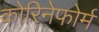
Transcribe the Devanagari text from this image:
कोरिनेफोर्म